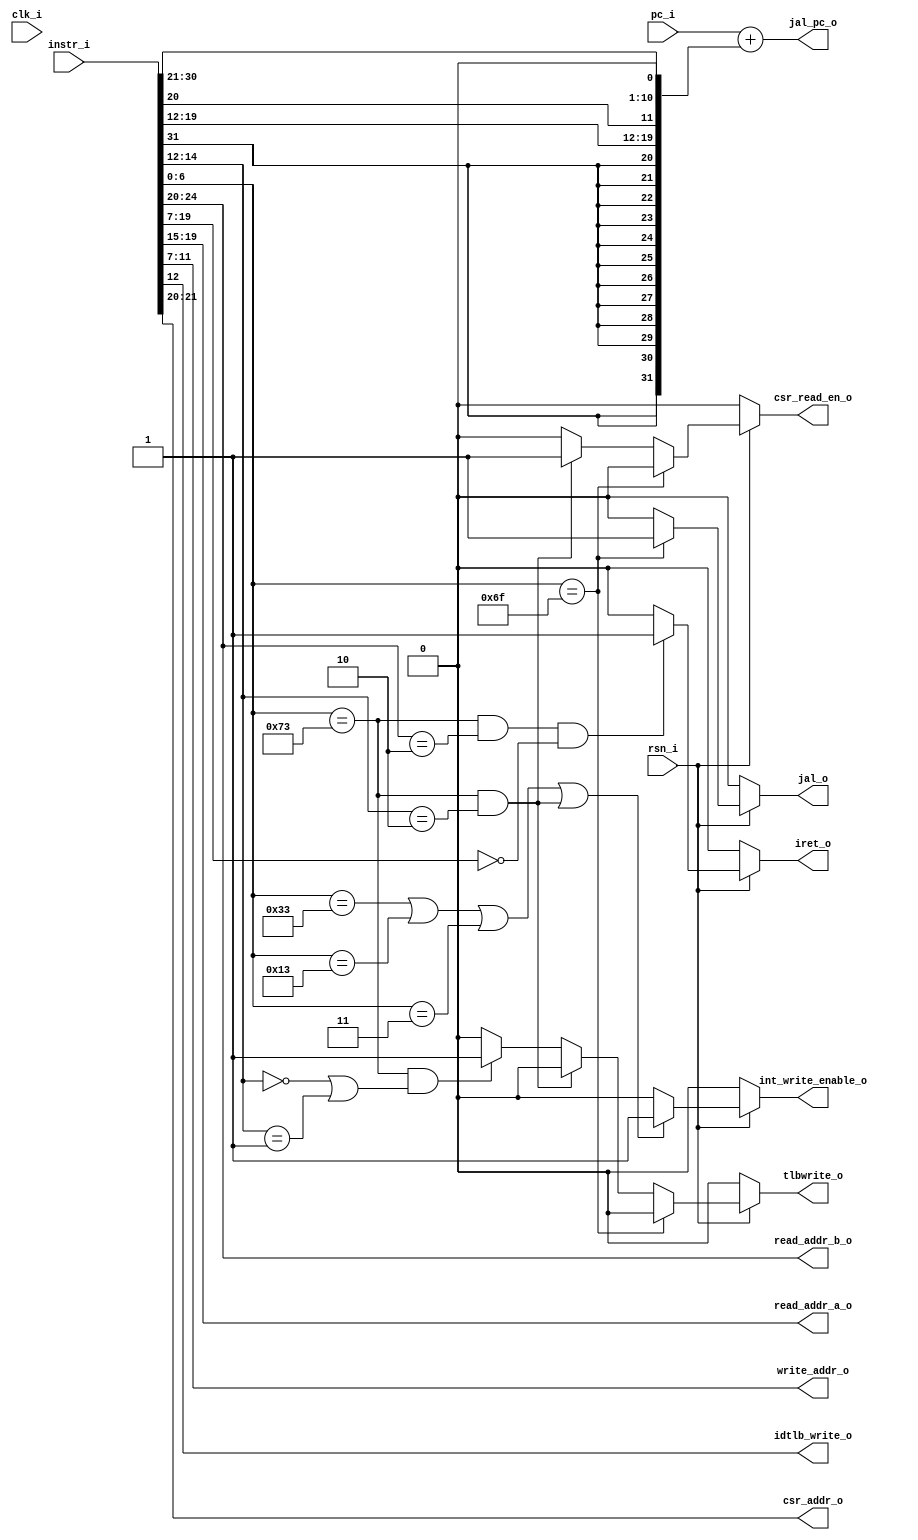
// Decoder file

module decoder(
input		clk_i,
input		rsn_i,
input	[31:0]	instr_i,
input	[31:0]  pc_i,
output	[4:0]	read_addr_a_o,
output	[4:0]	read_addr_b_o,
output	[4:0]	write_addr_o,
output		int_write_enable_o,
output 	reg	tlbwrite_o,
output		idtlb_write_o,
output	[1:0]	csr_addr_o,
output		csr_read_en_o,
output	reg	iret_o,
output  reg	jal_o,
output  reg [31:0] jal_pc_o);
	
reg int_write_enable;
reg csr_read_en;
reg [6:0] funct7;
reg [2:0] funct3;
reg [6:0] opcode;
wire [31:0] jal_ext_imm;
	
assign read_addr_a_o = instr_i[19:15];
assign read_addr_b_o = instr_i[24:20];
assign write_addr_o = instr_i[11:7];
assign int_write_enable_o = int_write_enable;
assign csr_read_en_o = csr_read_en;
assign csr_addr_o = instr_i[21:20];
assign idtlb_write_o = instr_i[12];
assign jal_ext_imm = {{11{instr_i[31]}},instr_i[31],instr_i[19:12],instr_i[20],instr_i[30:21],1'b0};

always @(*) begin
	iret_o = 1'b0;
	jal_o = 1'b0;
	tlbwrite_o = 1'b0;
	csr_read_en = 1'b0;
 	funct7 = instr_i[31:25];
	funct3 = instr_i[14:12];
	opcode = instr_i[6:0];
	jal_pc_o = pc_i + jal_ext_imm; // Jal
	if (!rsn_i) begin
		int_write_enable = 1'b0;
		csr_read_en = 1'b0;
	end
	else begin
		if (opcode == 7'b0110011 || opcode == 7'b0010011 || opcode == 7'b0000011 || (opcode == 7'b1110011 && funct3 == 3'b010)) int_write_enable = 1'b1;
		else int_write_enable = 1'b0;
		if (opcode == 7'b1110011 && instr_i[24:20] == 5'b00010 && instr_i[19:7] == 12'b0) begin
			iret_o = 1'b1;	
		end
		if (opcode == 7'b1101111) begin
			jal_o = 1'b1;	
		end
		//csrrs rs1 1010 rd 1110011 CSRRS
		else if (opcode == 7'b1110011 && funct3 == 3'b010) begin
			csr_read_en = 1'b1;
		end
		//tlbwrite i instr[12] = 0 / d instr[12] = 1
		else if (opcode == 7'b1110011 && (funct3 == 3'b000 || funct3 == 3'b001)) begin
			tlbwrite_o = 1'b1;
		end
	end
end
endmodule